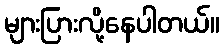
များပြားလို့နေပါတယ်။